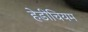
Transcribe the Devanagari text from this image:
हेडीचियम